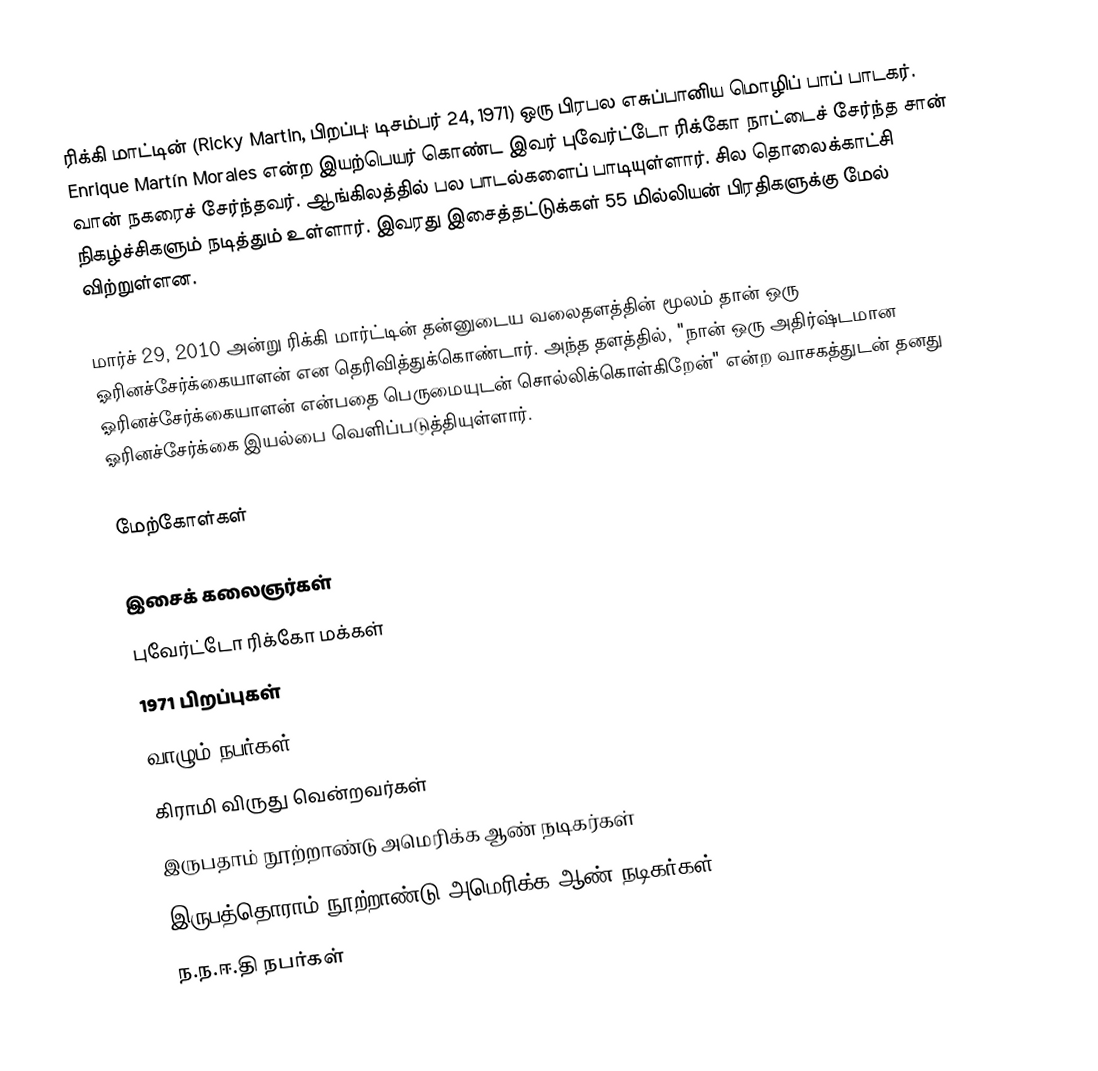
ரிக்கி மாட்டின் (Ricky Martin, பிறப்பு: டிசம்பர் 24, 1971) ஒரு பிரபல எசுப்பானிய மொழிப் பாப் பாடகர். Enrique Martín Morales என்ற இயற்பெயர் கொண்ட இவர் புவேர்ட்டோ ரிக்கோ நாட்டைச் சேர்ந்த சான் வான் நகரைச் சேர்ந்தவர். ஆங்கிலத்தில் பல பாடல்களைப் பாடியுள்ளார். சில தொலைக்காட்சி நிகழ்ச்சிகளும் நடித்தும் உள்ளார். இவரது இசைத்தட்டுக்கள் 55 மில்லியன் பிரதிகளுக்கு மேல் விற்றுள்ளன.

மார்ச் 29, 2010 அன்று ரிக்கி மார்ட்டின் தன்னுடைய வலைதளத்தின் மூலம் தான் ஒரு ஓரினச்சேர்க்கையாளன் என தெரிவித்துக்கொண்டார். அந்த தளத்தில், "நான் ஒரு அதிர்ஷ்டமான ஓரினச்சேர்க்கையாளன் என்பதை பெருமையுடன் சொல்லிக்கொள்கிறேன்" என்ற வாசகத்துடன் தனது ஓரினச்சேர்க்கை இயல்பை வெளிப்படுத்தியுள்ளார்.

மேற்கோள்கள்

இசைக் கலைஞர்கள்
புவேர்ட்டோ ரிக்கோ மக்கள்
1971 பிறப்புகள்
வாழும் நபர்கள்
கிராமி விருது வென்றவர்கள்
இருபதாம் நூற்றாண்டு அமெரிக்க ஆண் நடிகர்கள்
இருபத்தொராம் நூற்றாண்டு அமெரிக்க ஆண் நடிகர்கள்
ந.ந.ஈ.தி நபர்கள்